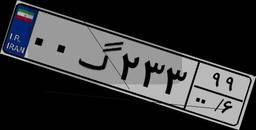
۰۰گ۲۳۳۹۹